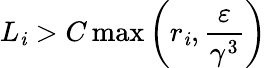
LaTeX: L_{\mathit{i}}>C\operatorname*{max}\left(r_{\mathit{i}},{\frac{{\varepsilon}}{{\gamma^{3}}}}\right)